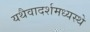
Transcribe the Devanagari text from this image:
यथैवादर्शमध्यस्थे